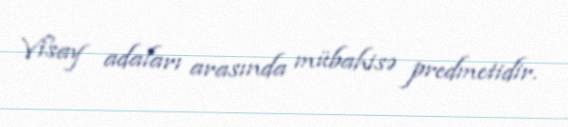
Visay adaları arasında mübahisə predmetidir.